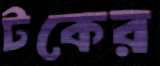
টকের